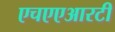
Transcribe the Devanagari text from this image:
एचएएआरटी